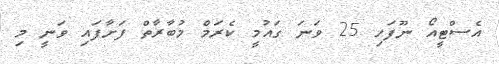
އެސްޓީއޯ ނޫފަހި 25 ވަނަ ގައުމީ ކެރަމް މުބާރާތް ފަށާފައި ވަނީ މި